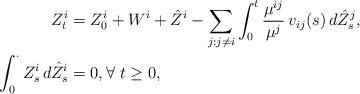
LaTeX: \begin{align*}Z^i_t &= Z^i_0 + W^i + \Hat{Z}^i - \sum_{j: j\neq i} \int_0^t \frac{\mu^{ij}}{\mu^j}\, v_{ij}(s) \, d{\Hat{Z}^j_s},\\\int_0^\cdot Z^i_s \, d{\Hat{Z}^i_s} & =0,\forall \; t\geq 0,\end{align*}